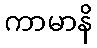
ကာမာနိ